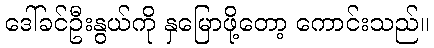
ဒေါ်ခင်ဦးနွယ်ကို နှမြောဖို့တော့ ကောင်းသည်။